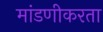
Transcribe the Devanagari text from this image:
मांडणीकरता